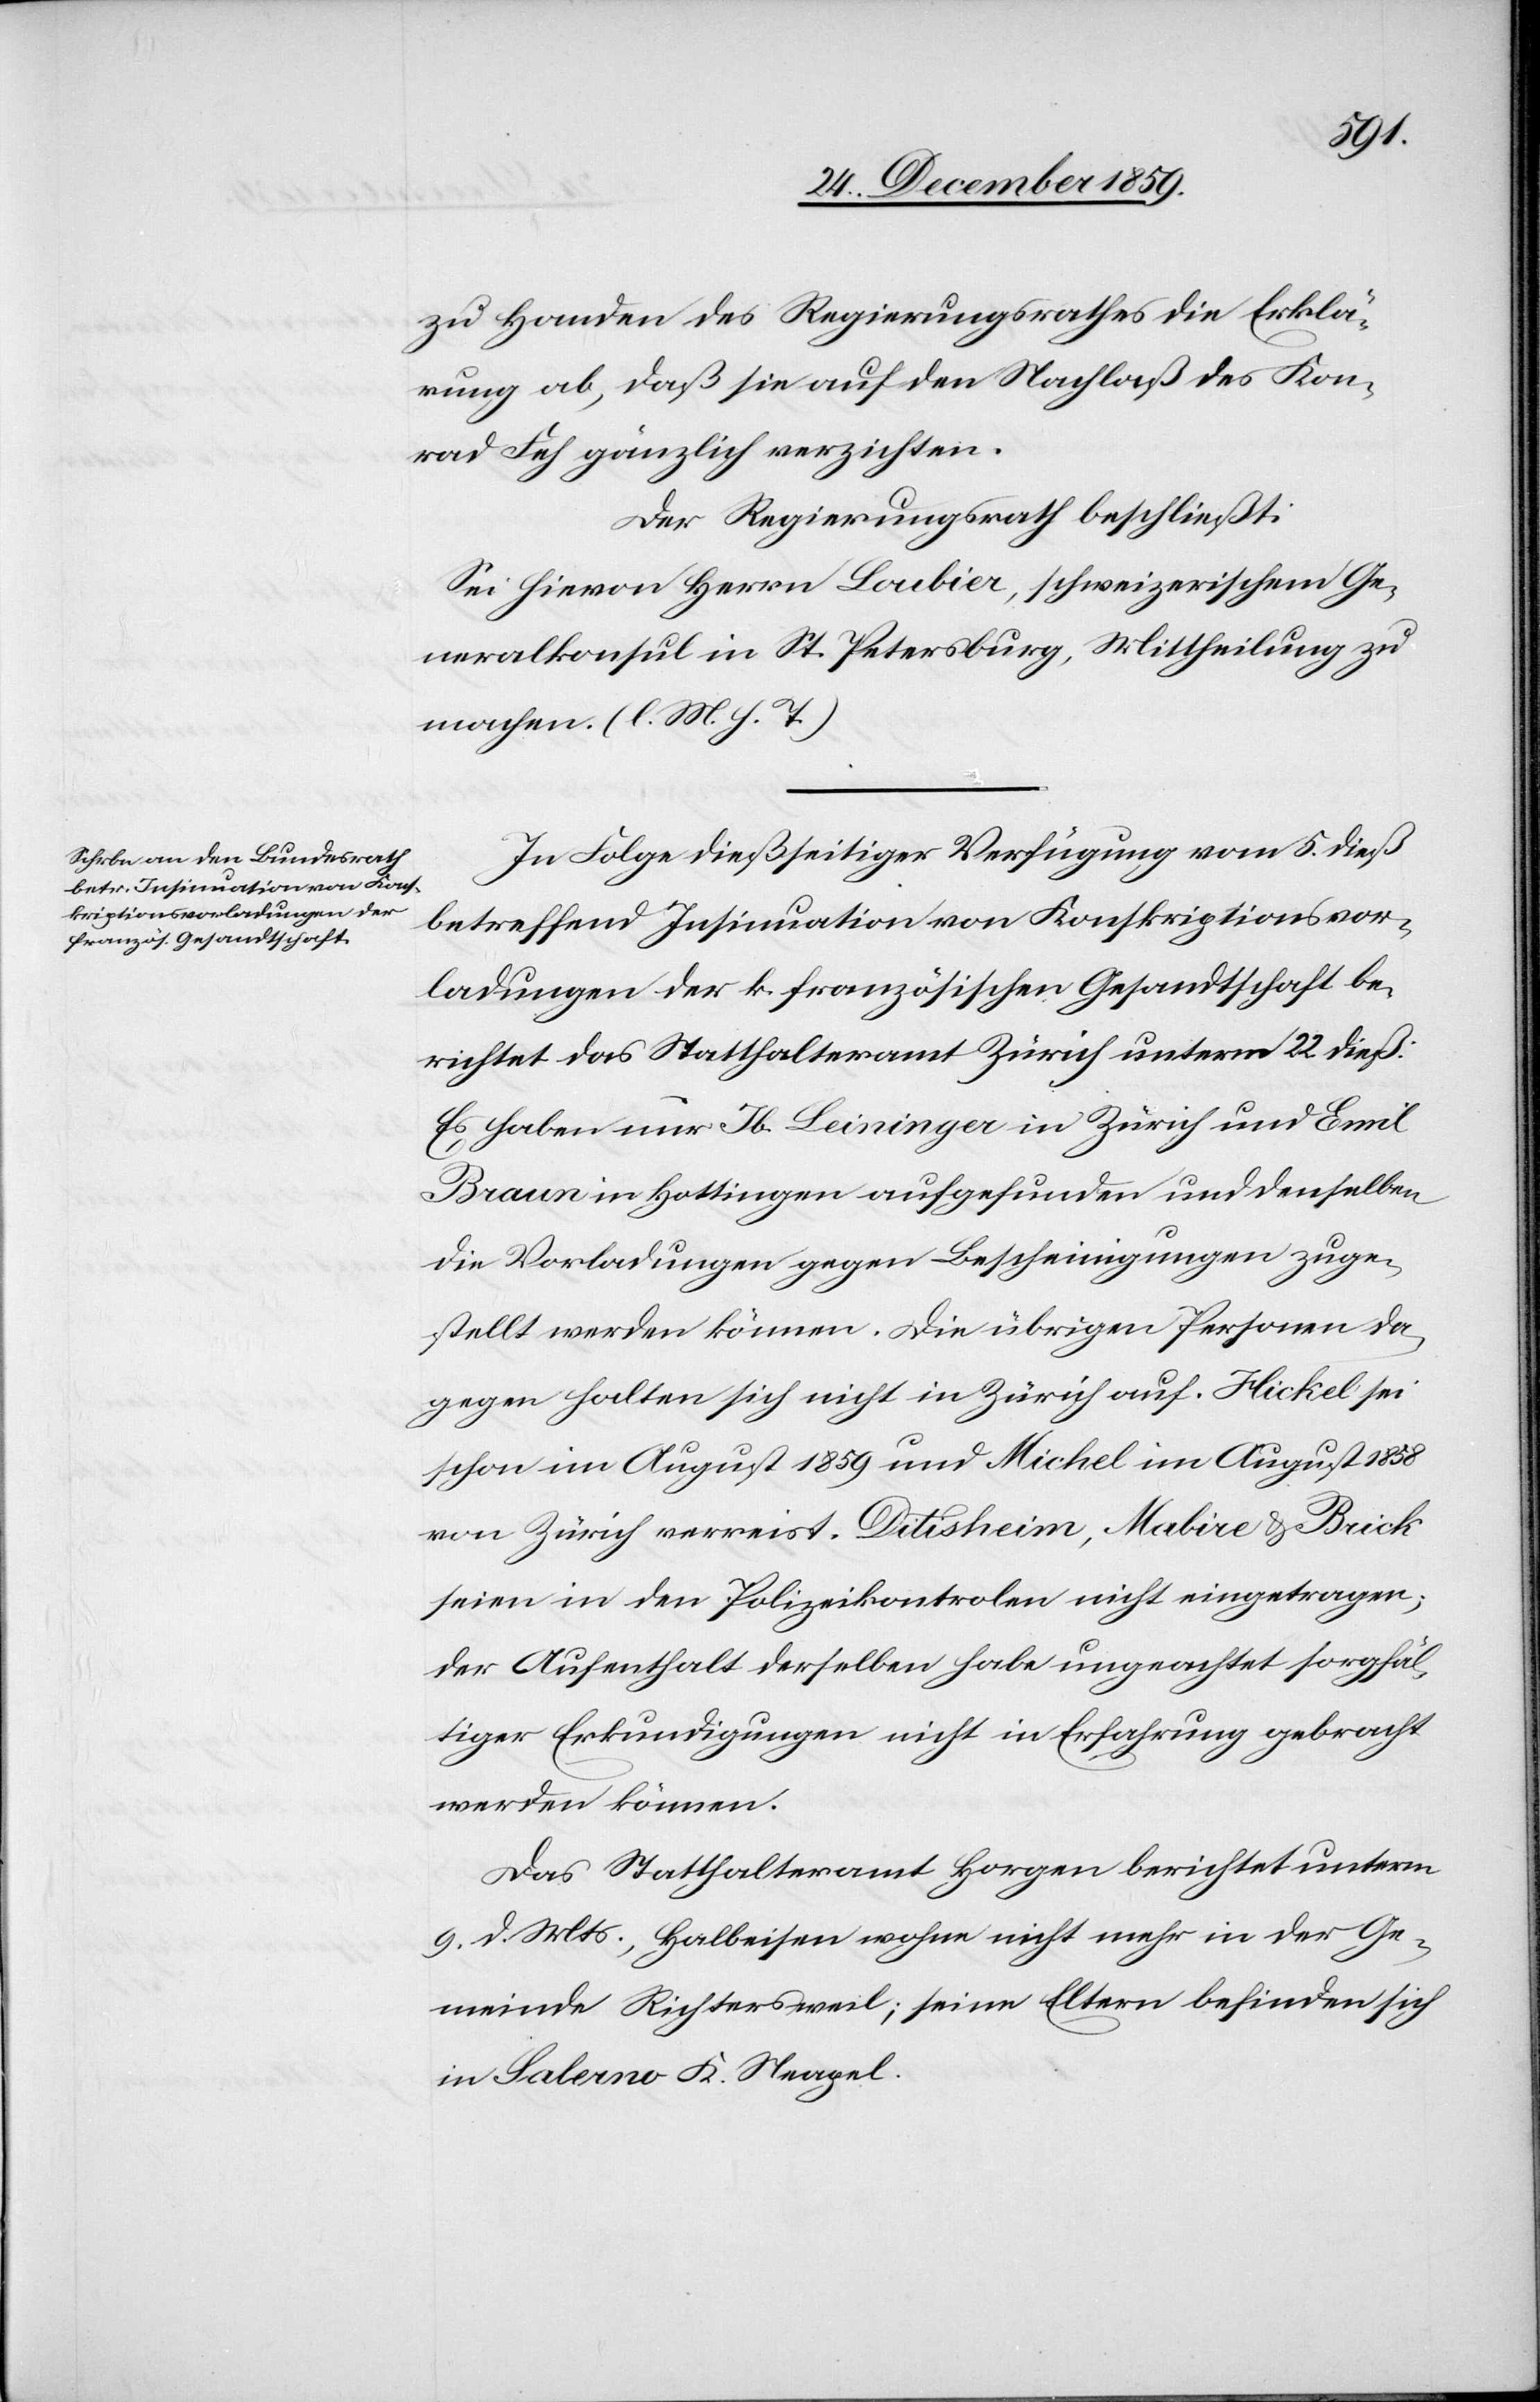
zu Handen des Regierungsrathes die Erklä¬
rung ab, daß die auf den Nachlaß des Kon¬
rad Feh gänzlich verzichten.
Der Regierungsrath beschließt:
Sei hievon Herrn Loubier, schweizerischem Ge¬
neralkonsul in St. Petersburg, Mittheilung zu
machen. (l. M. h. T.)
In Folge dießseitiger Verfügung vom 5. dieß
betreffend Insinuation von Konskriptionsvor¬
ladungen der k. französischen Gesandtschaft be¬
richtet das Statthalteramt Zürich unterm 22. dieß:
Es habe nur Jb. Leininger in Zürich und Emil
Braun in Hottingen aufgefunden und denselben
die Vorladungen gegen Bescheinigungen zuge¬
stellt werden können. Die übrigen Personen da¬
gegen halten sich nicht in Zürich auf. Hickel sei
schon im August 1859 und Michel im August 1858
von Zürich verreist. Ditisheim, Mabire & Brick
seien in den Polizeikontrolen nicht eingetragen;
der Aufenthalt derselben habe ungeachtet sorgfäl¬
tiger Erkundigungen nicht in Erfahrung gebracht
werden können.
Das Statthalteramt Horgen berichtet unterm
9. d. Mts., Halbeisen wohne nicht mehr in der Ge¬
meinde Richtersweil; seine Eltern befinden sich
in Salerno K. Neapel.